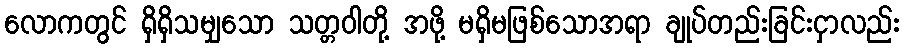
လောကတွင် ရှိရှိသမျှသော သတ္တဝါတို့ အဖို့ မရှိမဖြစ်သောအရာ ချုပ်တည်းခြင်းငှာလည်း